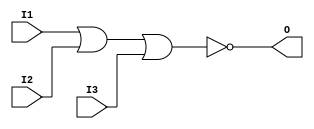
module open_drain_buffer(
    input wire I1,
    input wire I2,
    input wire I3,
    output reg O
);

assign O = ~(I1 | I2 | I3);

endmodule